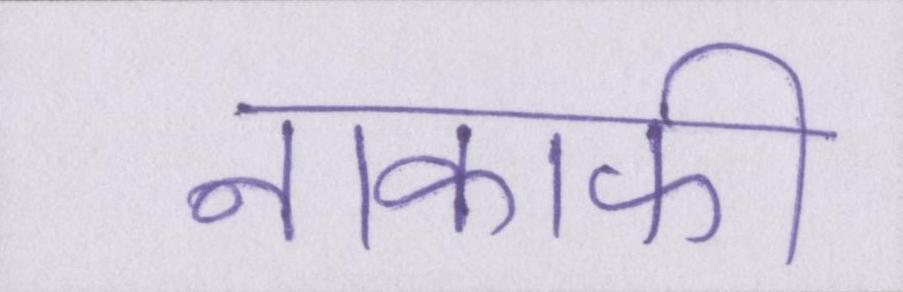
नाकाफी